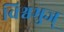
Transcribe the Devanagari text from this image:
विश्वभुज्‌